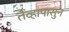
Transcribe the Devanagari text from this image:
तेंव्हापासुन